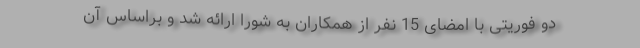
دو فوریتی با امضای 15 نفر از همکاران به شورا ارائه شد و براساس آن